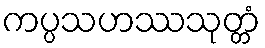
ကပ္ပသဟဿသုတ္တံ